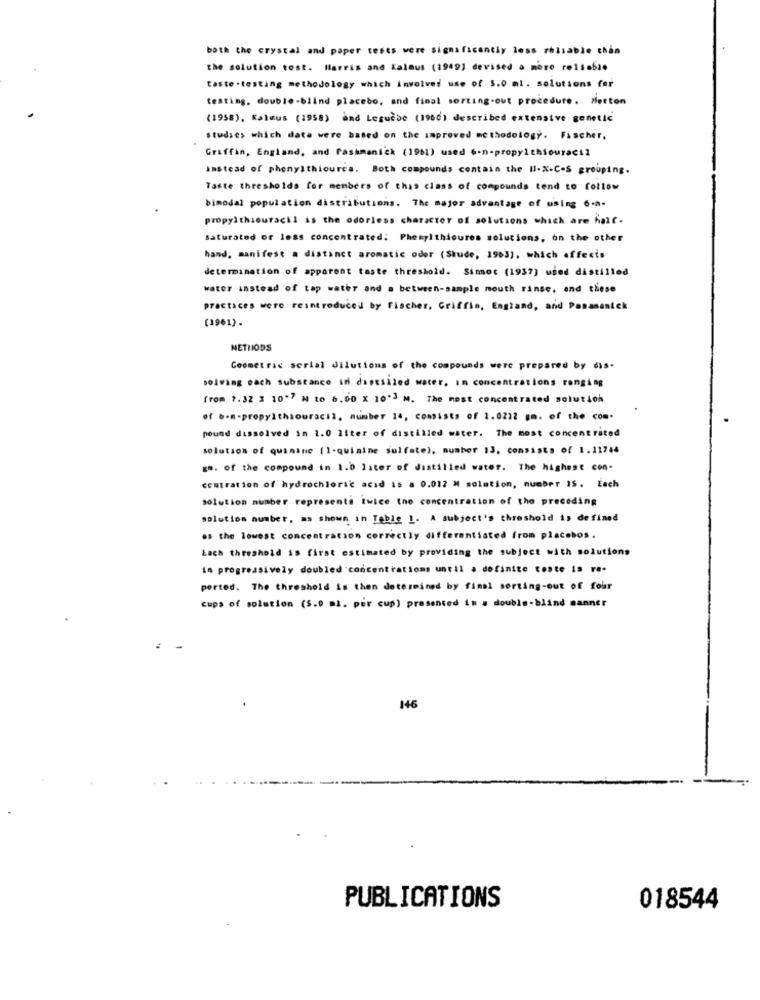
both the crystal and paper tests were significantly less reliable chan
the solution tost. Harris and Kalaus (1949] devised a more re15.61.
taste .testing methodology which involves use of 5.0 ml. solutions for
testing, double-blind placebo, and final sorting-out procedure. Merton
(1958). Kalmus (1958) and Lesudse (1960) described extensive genetic
studies which date were based on the improved methodology. Fischer,
Graffin, England, and Passmanick (1961) used 6-n-propylchiouracil
instead of phenylthiourca. Both compounds contain the HI-X-C.S grouping.
Taste thresholds for members of this class of compounds tend to follow
bimodal population distributions. The major advantage of using 6-a-
propylthiouracil is the odorless character of solutions which are hair.
saturated or less concentrated; Phenylthioures solutions, on the other
hand, manifest a distinct aromatic oder (Skude, 1963), which affects
determination of apparent taste threshold. Simot (1937) used distilled
water instead of tap water and a between-sample mouth rinse, and these
practices were reintroduced by Fischer, Griffin, England, and Panamanick
(1961).
METHODS
Geometric serial dilutions of the compounds were prepared by das-
solving each substance in distilled water. In concentrations ranging
from 7.32 1 10*7 M to 6.00 X 10"3 M. The most concentrated solut ich
of 6-n-propylthiouracil, number 14, consists of 1.0212 gm. of the com.
pound dissolved in 1.0 liter of distilled water. The most concentrated
solution of quinine (1-quinine sulfate), number 13. consists of 1.11744
gn. of the compound in 1.0 later of distilled water. The highest con-
centration of hydrochloric acid is a 0.012 M solution, number IS. Each
solution number represents twice the concentration of the preceding
solution number, as shown in Table 1. A subject's threshold is defined
os the lowest concentration correctly differentiated from placebos.
Lach threshold is first estimated by providing the subject with solutions
in progressively doubled concentrations until a definite coste is re.
ported. The threshold is then determined by final sorting-out of four
cups of solution (5.0 ml. per cup) presented in . double-blind sanner
146
-
PUBLICATIONS
018544